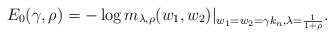
LaTeX: \begin{align*} E_0(\gamma, \rho) &= - \log m_{\lambda, \rho} (w_1, w_2)|_{w_1 = w_2 = \gamma k_n, \lambda = \frac{1}{1+\rho}}.\end{align*}